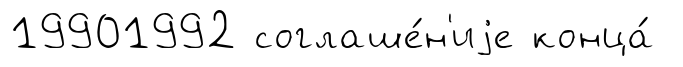
19901992 соглаше́н'иjе конца́